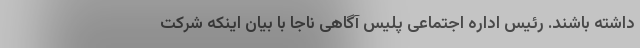
داشته باشند. رئیس اداره اجتماعی پلیس آگاهی ناجا با بیان اینکه شرکت